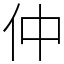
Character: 仲